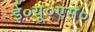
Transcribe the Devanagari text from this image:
ई०यू०एस०